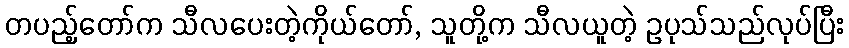
တပည့်တော်က သီလပေးတဲ့ကိုယ်တော်, သူတို့က သီလယူတဲ့ ဥပုသ်သည်လုပ်ပြီး